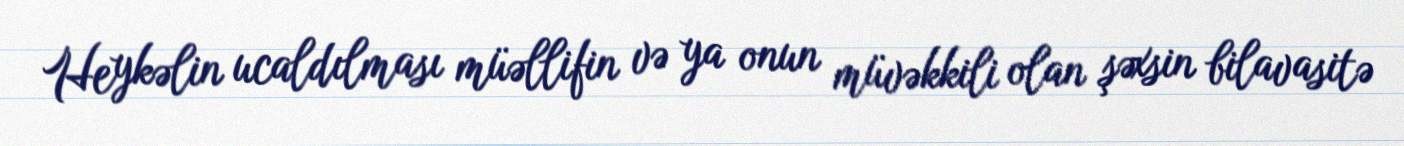
Heykəlin ucaldılması müəllifin və ya onun müvəkkili olan şəxsin bilavasitə